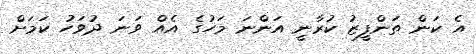
އެ ކަން ތަންފީޒު ކުރާނީ އަންނަ މަހުގެ އެއް ވަނަ ދުވަހު ކަމަށް